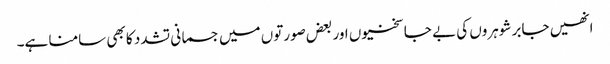
انھیں جابر شوہروں کی بے جا سختیوں اور بعض صورتوں میں جسمانی تشدد کا بھی سامنا ہے۔